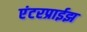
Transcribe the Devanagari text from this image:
एंटरप्राईझ